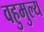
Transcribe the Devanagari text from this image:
वहुमुल्य